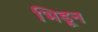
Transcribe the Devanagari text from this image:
भिडून